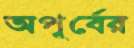
অপূর্বের